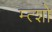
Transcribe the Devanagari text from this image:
म्त्शो